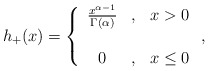
\begin{align*}h_{+}(x)=\left\{\begin{array}[c]{ccc}\frac{x^{\alpha-1}}{\Gamma(\alpha)} & , & x>0\\& & \\0 & , & x\leq0\end{array}\right. ,\end{align*}